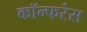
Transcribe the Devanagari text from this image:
कॉन्फरंस